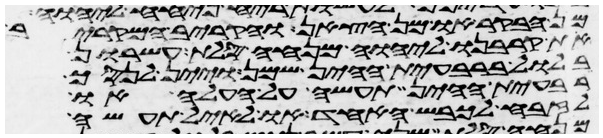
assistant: מן הבקר או מן הצאן והקריב המקריב
את קרבנו ליהוה מנחה סלת עשרון
בלול ברבעית ההין שמן ויין לנסך
רבעית ההין תעשה על העלה או
לזבח לכבש האחד או לאיל תעשה